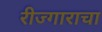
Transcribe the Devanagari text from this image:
रीज्गाराचा